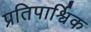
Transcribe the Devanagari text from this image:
प्रतिपार्श्विक